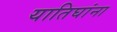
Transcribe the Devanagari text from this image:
यातिघांना